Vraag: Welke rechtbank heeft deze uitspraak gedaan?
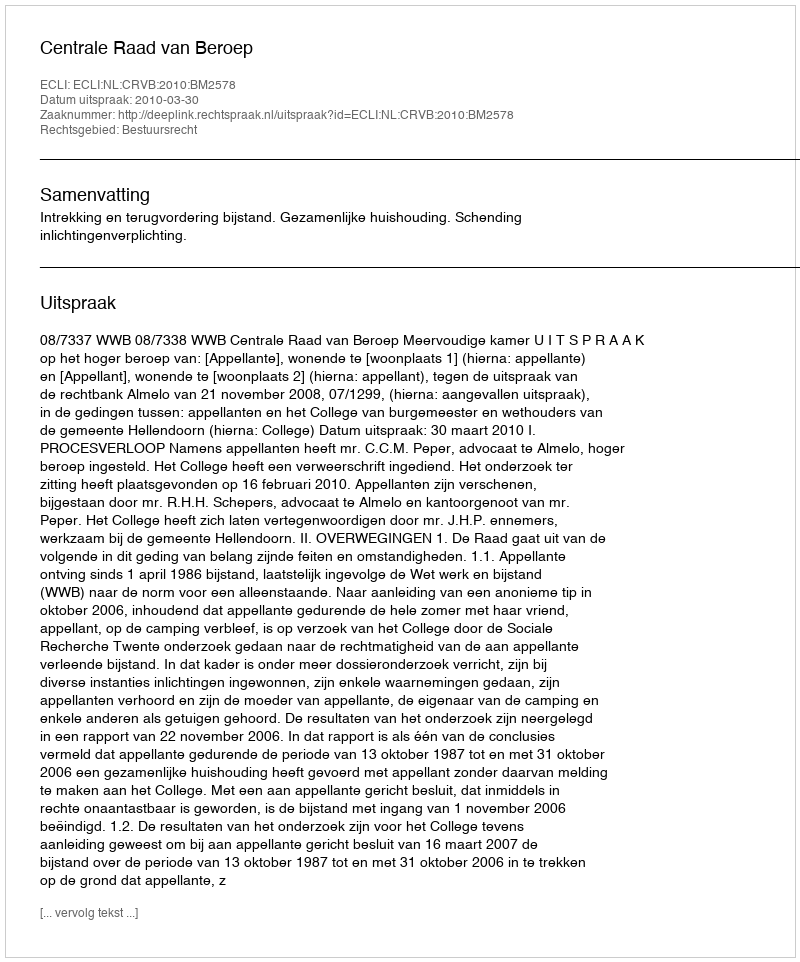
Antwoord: Centrale Raad van Beroep